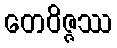
တေဝိဇ္ဇဿ